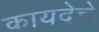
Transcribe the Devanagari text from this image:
कायदेचे